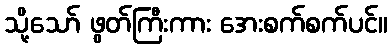
သို့သော် ဖွတ်ကြီးကား အေးစက်စက်ပင်။